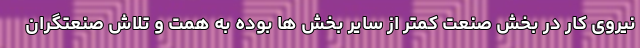
نیروی کار در بخش صنعت کمتر از سایر بخش ها بوده به همت و تلاش صنعتگران